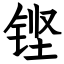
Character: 铿